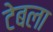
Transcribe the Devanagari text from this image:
टेबला